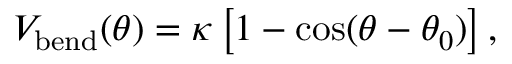
V _ { \mathrm { b e n d } } ( \theta ) = \kappa \left[ 1 - \cos ( \theta - \theta _ { 0 } ) \right] ,